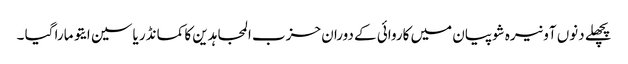
پچھلے دنوں آونیرہ شوپیان میں کاروائی کے دوران حزب المجاہدین کا کمانڈر یاسین ایتو مارا گیا ۔